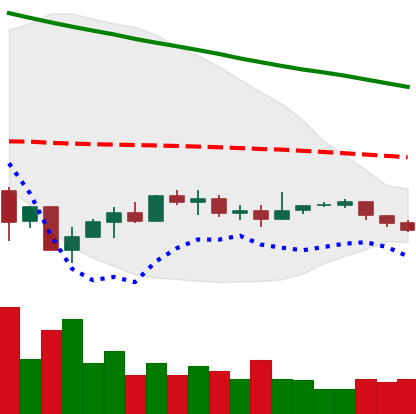
Ticker: EOS-USD
Chart end date: 2019-12-11
Forward return: -7.596%
Label: down_7plus